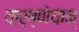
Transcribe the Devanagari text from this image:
वार्ष्णेयान्‌